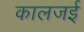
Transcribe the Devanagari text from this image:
कालजई